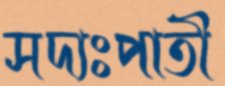
সদ্যঃপাতী